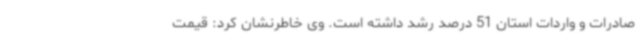
صادرات و واردات استان 51 درصد رشد داشته است. وی خاطرنشان کرد: قیمت